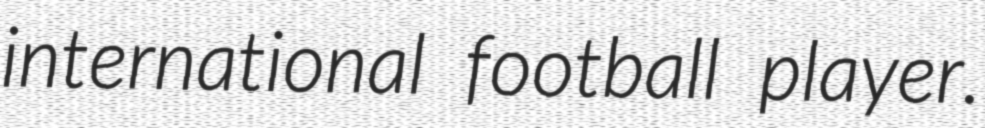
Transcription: international football player.